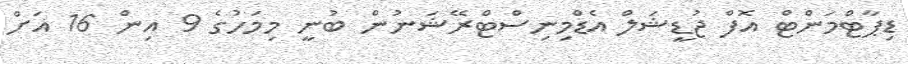
ޑިޕާޓްމަންޓް އޮފް ޖުޑީޝަލް އެޑްމިނިސްޓްރޭޝަނުން ބުނީ މިމަހުގެ 9 އިން 16 އަށް